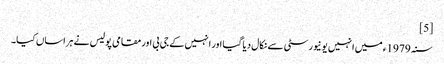
[5]
سنہ 1979ء میں انہیں یونیورسٹی سے نکال دیا گیا اور انہیں کے جی بی اور مقامی پولیس نے ہراساں کیا۔